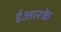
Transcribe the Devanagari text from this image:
ईआरके